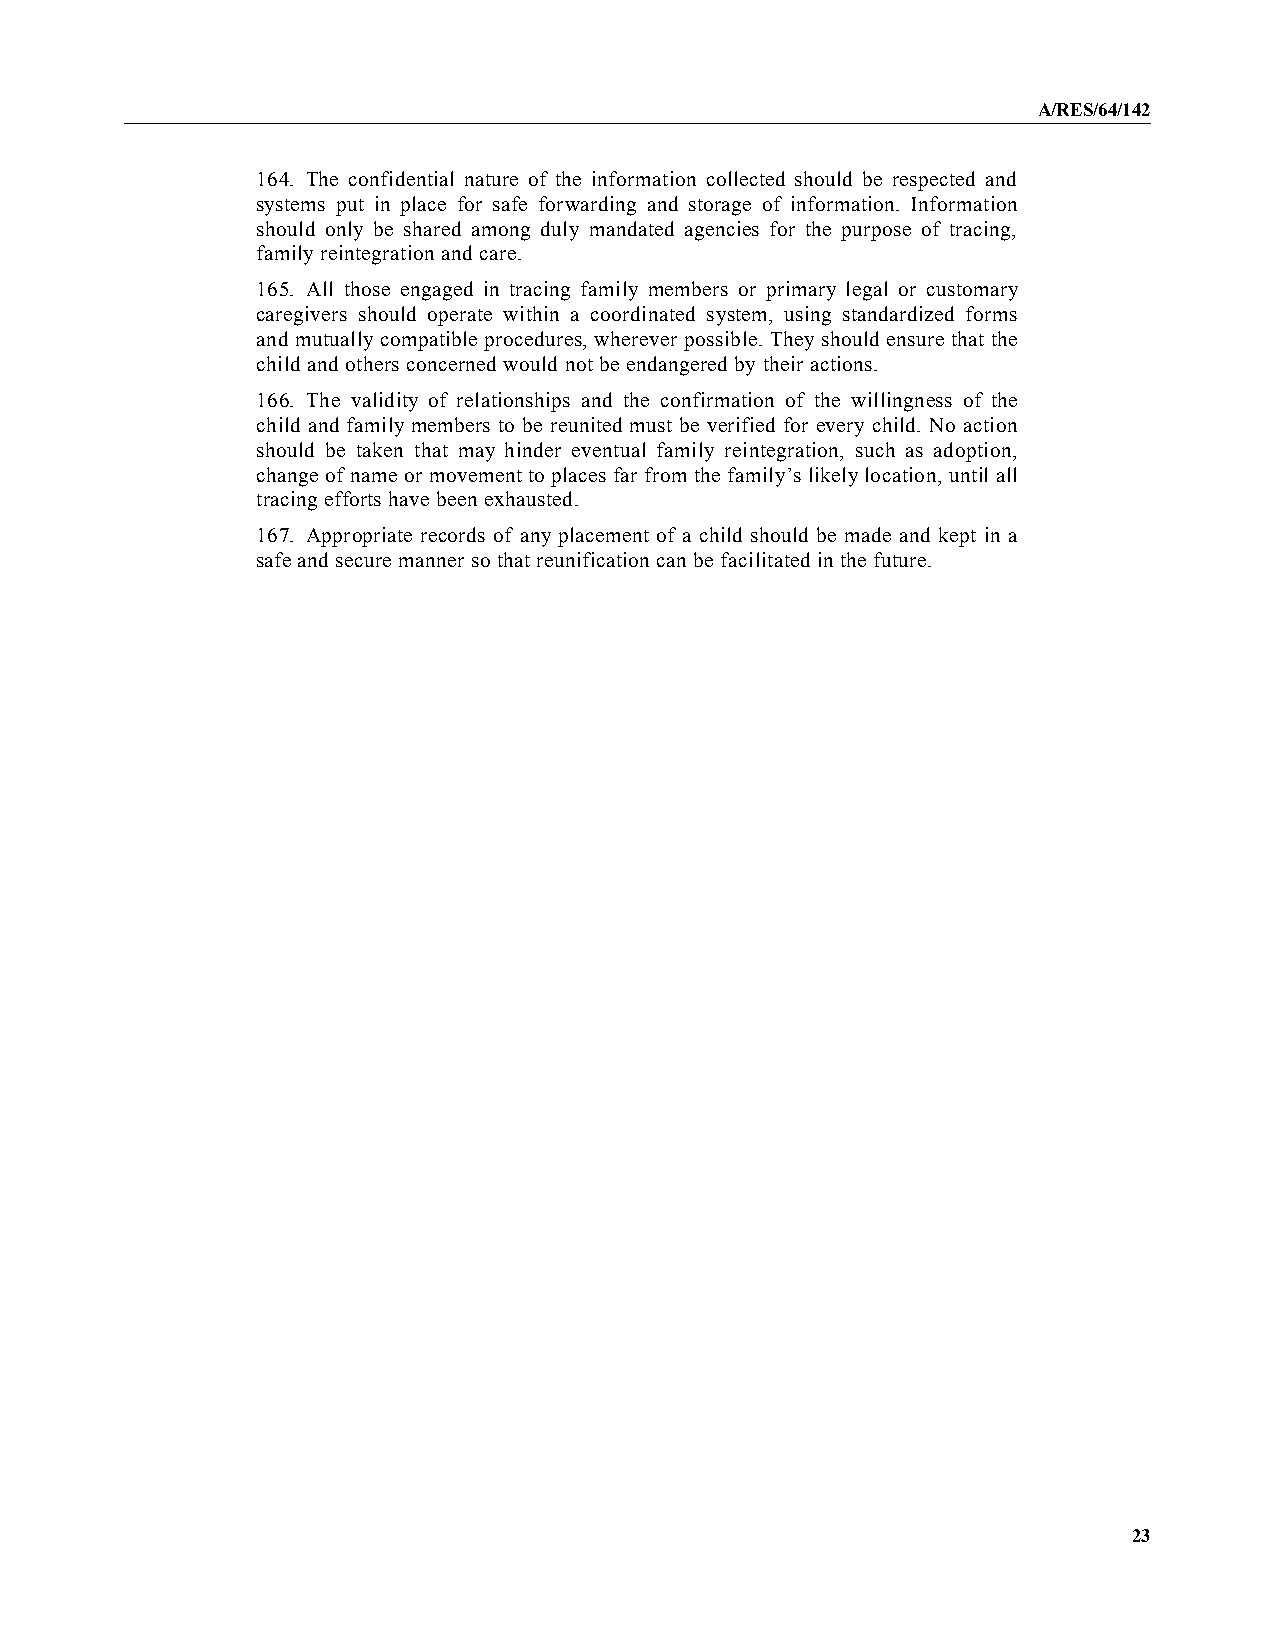
A/RES/64/142
 164. The confidential nature of the information collected should be respected and
 systems put in place for safe forwarding and storage of information. Information
 should only be shared among duly mandated agencies for the purpose of tracing,
 family reintegration and care.
 165. All those engaged in tracing family members or primary legal or customary
 caregivers should operate within a coordinated system, using standardized forms
 and mutuallycompatible procedures, wherever possible. They should ensure that the
 child and others concerned would not be endangered by their actions.
 166. The validity of relationships and the confirmation of the willingness of the
 child and family members to be reunited must be verified for every child. No action
 should be taken that may hinder eventual family reintegration, such as adoption,
 change of name or movement to places far from the family’s likelylocation, until all
 tracing efforts have been exhausted.
 167. Appropriate records of any placement of a child should be made and kept in a
 safe and secure manner so that reunification can be facilitated in the future.
 23